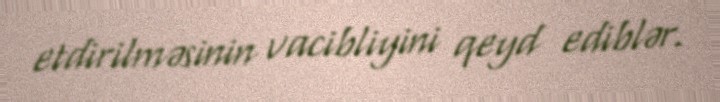
etdirilməsinin vacibliyini qeyd ediblər.